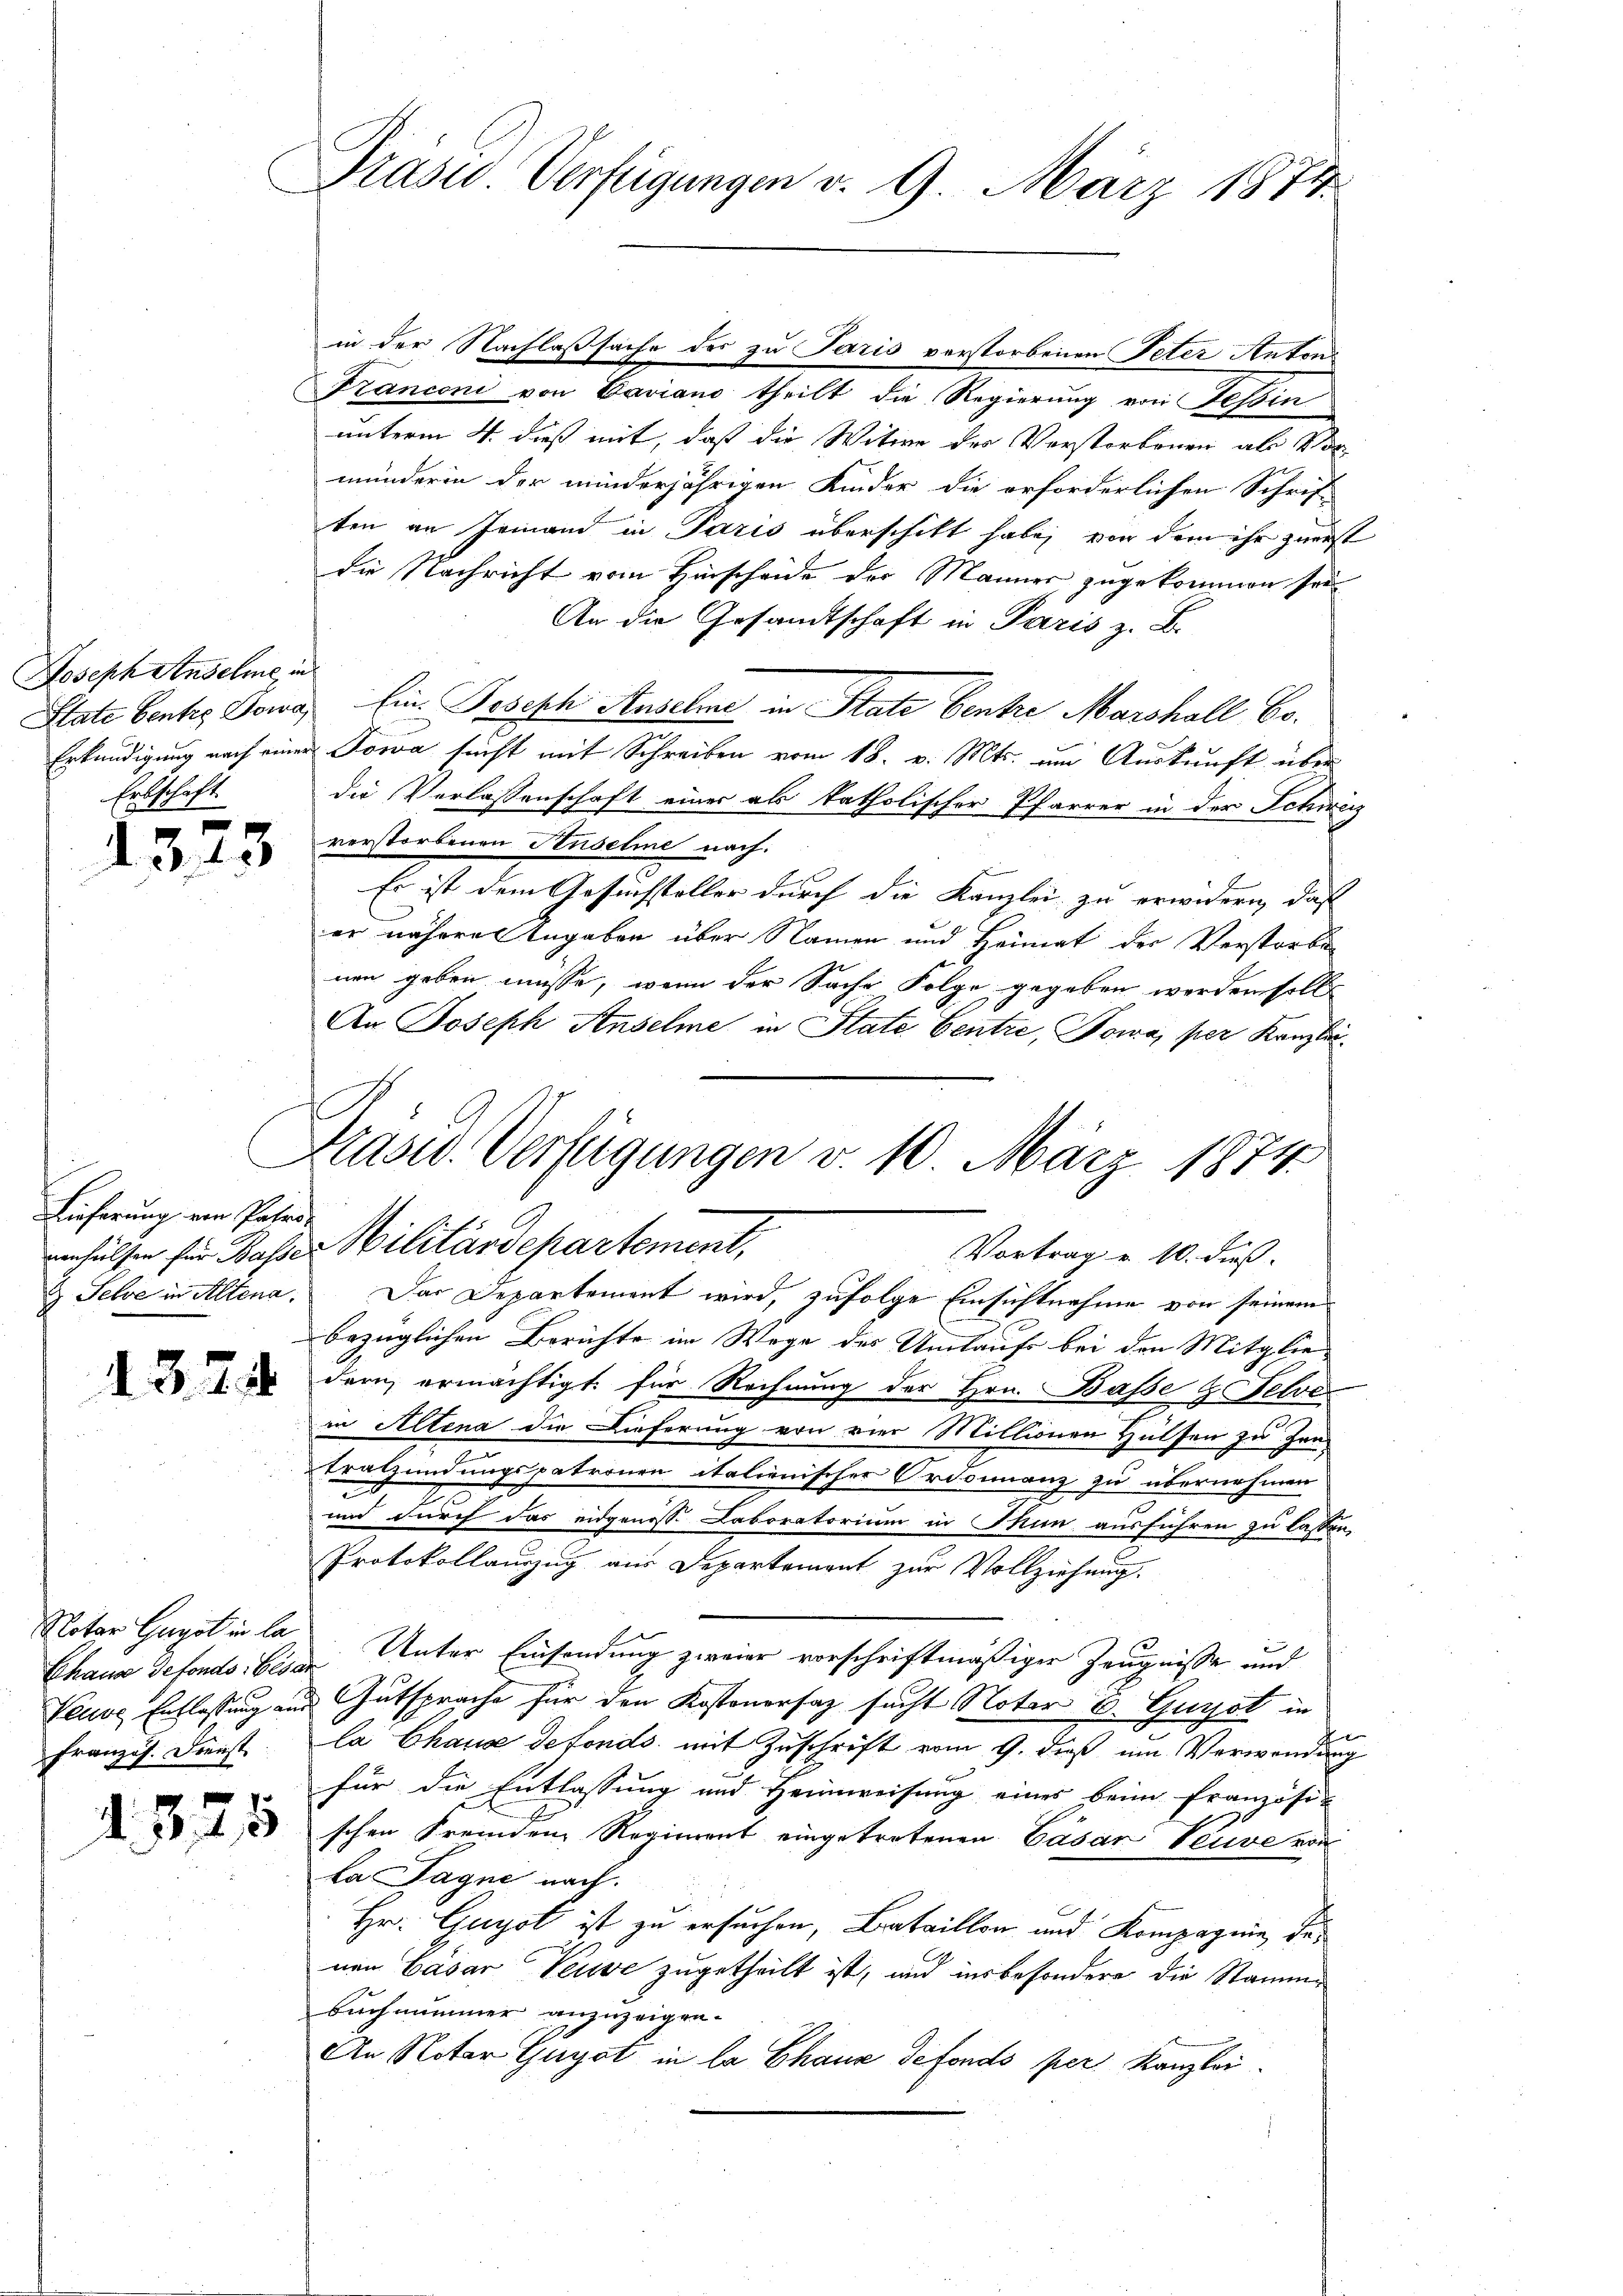
Joseph Ansehme, in
Ertschaft.

1323

Lieferung von Patri-

Notar Gugol in la
Französ. Dienst

1325

Präsid. Verfügungen d. 9. März 1874.

Franconi von Variano theilt die Regierung von Tessin
unterm 4. dieß mit, daß die Witwe der Verstorbenen als Vorminderin der minderjährigen Kinder die erforderlichen Schrift
ten an Jemand in Paris überschikt habe, von dem ihr zuerst
die Nachricht vom Hinscheide der Männer zugekommen sei
An die Gesandtschaft in Paris z. B.
State Bentes Dowo Eine Joseph Ansehme in State Centre Marchall Co.
Erkundigung nach einer Sowa sucht mit Schreiben vom 18. v. Mts. um Auskunft über
die Verlassenschaft einer als katholischer Pfarrer in der Schwe
verstorbenen Hüselme nach.
Es ist dem Gesuchsteller durch die Kanzlei zu erwidern, daß
er nähere Angaben über Namen und Heimat der Verstorbenen geben müsse, wenn der Sache Folge gegeben werden sollt
An Joseph Anselme in State Centre, Nowa, per Kanzlei
 Sehe in Altena. Das Departement wird, zufolge Einsichtnahme von seinem
bezüglichen Berichte im Wege des Umlaufe bei den Mitglie-
  dern ermächtigt für Rechnung der Hrn. Basse 4. Sehe
in Altena die Dieferung von vier Millionen Hülfen zu Hantratzündungspatronen italienischer Ordonnanz zu übernehmen
und durch das eidgenosse Laboratorium in Thun ausführen zu lassen,
Protokollauszug aus Departement zur Vollziehung.
Chaus defonds bisse Unter Einsendung zweier vorschriftmäßiger Zeugnisse und
Veuve Entlassung und Gutsprache für den Kostenorsaz sucht Notar 6. Gunst in
la Chause defonds, mit Zuschrift vom 9. dieß um Verwendung
für die Entlassung und Heimweisung eines beim Französi-
schen Fremden Regiment eingetretenen Cäsar Veuve von
la Tagne nach.
Hr. Gugot ist zu ersuchen, Bataillon und Kompagnie, danen Cäsar Neuve zugetheilt ist, und insbesondere die Stamm¬
Buchnammer anzuzeigen.
An Notar Guyot in la Chaus defonds per Kanzlei

in der Nachlaßsache des zu Paris verstorbenen Peter Anton¬

Krasw. Verfügungen v. 10. März 1874.
einhülfen für Basser Militärdepartement,
Vortrag u. 10. dieß.